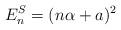
LaTeX: \begin{align*}E_n^S=(n\alpha+a)^2\end{align*}